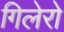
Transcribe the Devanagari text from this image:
गिलेरो